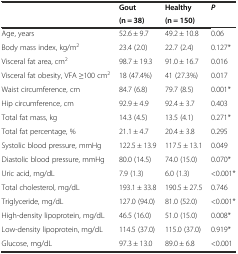
|  | Gout | Healthy | P |
 |  | (n = 38) | (n = 150) |  |
 | --- | --- | --- | --- |
 | Age, years | 52.6 ± 9.7 | 49.2 ± 10.8 | 0.06 |
 | Body mass index, kg/m2 | 23.4 (2.0) | 22.7 (2.4) | 0.127* |
 | Visceral fat area, cm2 | 98.7 ± 19.3 | 91.0 ± 16.7 | 0.016 |
 | Visceral fat obesity, VFA ≥100 cm2 | 18 (47.4%) | 41 (27.3%) | 0.017 |
 | Waist circumference, cm | 84.7 (6.8) | 79.7 (8.5) | 0.001* |
 | Hip circumference, cm | 92.9 ± 4.9 | 92.4 ± 3.7 | 0.403 |
 | Total fat mass, kg | 14.3 (4.5) | 13.5 (4.1) | 0.271* |
 | Total fat percentage, % | 21.1 ± 4.7 | 20.4 ± 3.8 | 0.295 |
 | Systolic blood pressure, mmHg | 122.5 ± 13.9 | 117.5 ± 13.1 | 0.049 |
 | Diastolic blood pressure, mmHg | 80.0 (14.5) | 74.0 (15.0) | 0.070* |
 | Uric acid, mg/dL | 7.9 (1.3) | 6.0 (1.3) | <0.001* |
 | Total cholesterol, mg/dL | 193.1 ± 33.8 | 190.5 ± 27.5 | 0.746 |
 | Triglyceride, mg/dL | 127.0 (94.0) | 81.0 (52.0) | <0.001* |
 | High-density lipoprotein, mg/dL | 46.5 (16.0) | 51.0 (15.0) | 0.008* |
 | Low-density lipoprotein, mg/dL | 114.5 (37.0) | 115.0 (37.0) | 0.919* |
 | Glucose, mg/dL | 97.3 ± 13.0 | 89.0 ± 6.8 | <0.001 |